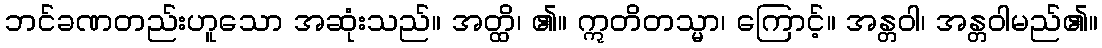
ဘင်ခဏတည်းဟူသော အဆုံးသည်။ အတ္ထိ၊ ၏။ ဣတိတသ္မာ၊ ကြောင့်။ အန္တဝါ၊ အန္တဝါမည်၏။